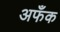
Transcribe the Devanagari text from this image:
अफँक